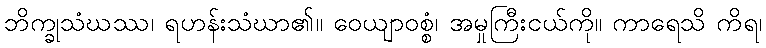
ဘိက္ခုသံဃဿ၊ ရဟန်းသံဃာ၏။ ဝေယျာဝစ္စံ၊ အမှုကြီးငယ်ကို။ ကာရေသိ ကိရ၊